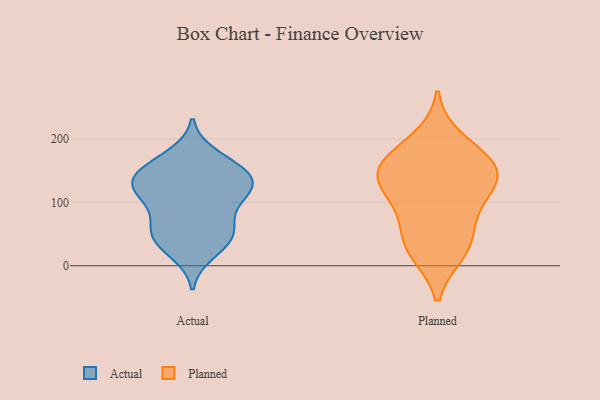
{"axis": {"x": "Production Output", "y": "Value"}, "legend": ["Actual", "Planned"], "data": [{"x": "", "y": 125, "type": "Actual"}, {"x": "", "y": 173, "type": "Actual"}, {"x": "", "y": 117, "type": "Actual"}, {"x": "", "y": 154, "type": "Actual"}, {"x": "", "y": 44, "type": "Actual"}, {"x": "", "y": 116, "type": "Actual"}, {"x": "", "y": 125, "type": "Actual"}, {"x": "", "y": 148, "type": "Actual"}, {"x": "", "y": 105, "type": "Actual"}, {"x": "", "y": 66, "type": "Actual"}, {"x": "", "y": 154, "type": "Actual"}, {"x": "", "y": 69, "type": "Actual"}, {"x": "", "y": 43, "type": "Actual"}, {"x": "", "y": 45, "type": "Actual"}, {"x": "", "y": 134, "type": "Actual"}, {"x": "", "y": 21, "type": "Actual"}, {"x": "", "y": 24, "type": "Planned"}, {"x": "", "y": 156, "type": "Planned"}, {"x": "", "y": 199, "type": "Planned"}, {"x": "", "y": 109, "type": "Planned"}, {"x": "", "y": 124, "type": "Planned"}, {"x": "", "y": 155, "type": "Planned"}, {"x": "", "y": 126, "type": "Planned"}, {"x": "", "y": 49, "type": "Planned"}, {"x": "", "y": 153, "type": "Planned"}, {"x": "", "y": 73, "type": "Planned"}, {"x": "", "y": 21, "type": "Planned"}, {"x": "", "y": 167, "type": "Planned"}]}